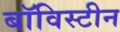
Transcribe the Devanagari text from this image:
बॉविस्टीन